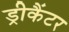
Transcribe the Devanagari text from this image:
ड्रीकैंटर